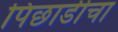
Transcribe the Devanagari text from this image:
पिछाडीचा